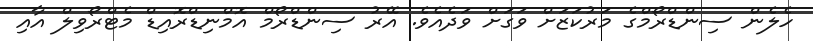
ހެލެން ސިންޑްރޯމްގެ މަރުކަޒަށް ވަގަށް ވަދެއެވެ. އޭރު ސިންޑްރޯމް އޮމްނިޑްރޮއިޑް މެޓްރޯވިލް އާއި